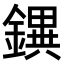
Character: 𨭄